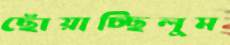
ছোঁয়াচ্ছিলুম